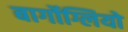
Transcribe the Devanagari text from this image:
बार्गोग्लियो